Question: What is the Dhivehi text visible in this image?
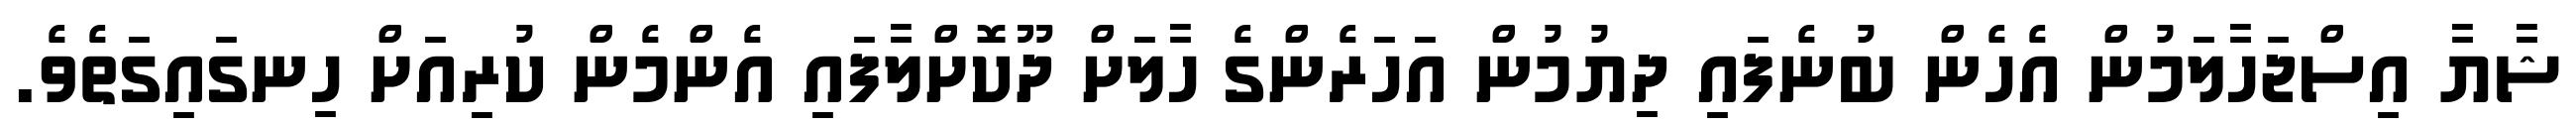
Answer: ޝާޔާ އިސްޖަހާލަމުން އެހެން ބުނެފައި ދިޔުމުން އަހަރެންގެ ހާލަށް ދޫކޮށްލާފައި އެންމެން ކުރިއަށް ހިނގައިގަތެވެ.